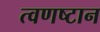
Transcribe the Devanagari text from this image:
त्वणष्टान